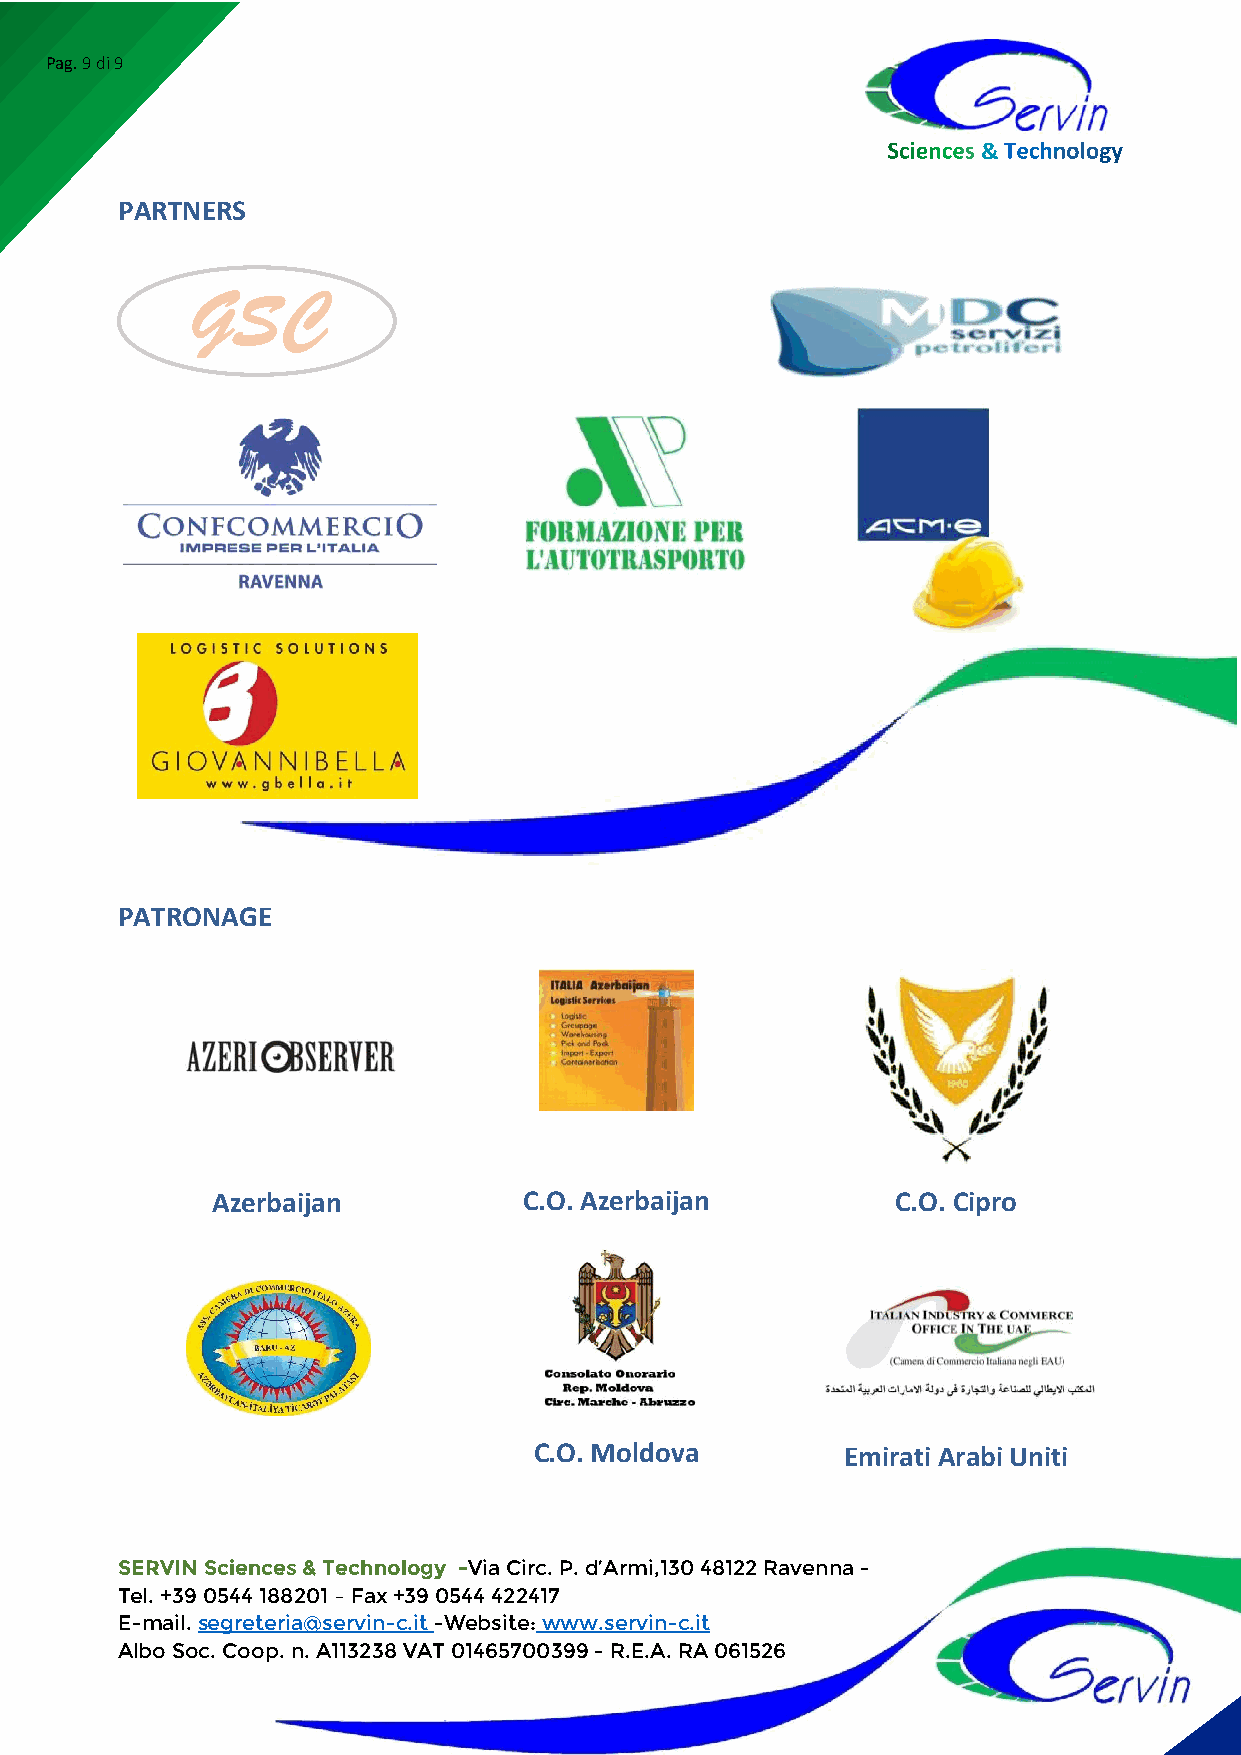
Pag. 9 di 9
 &
 PARTNERS
 GSC
 PATRONAGE
 Azerbaijan           C.O. Azerbaijan         C.O. Cipro
 C.O. Moldova         Emirati Arabi Uniti
 SERVIN Sciences & Technology -Via Circ. P. d’Armi,130 48122 Ravenna -
 Tel. +39 0544 188201 – Fax +39 0544 422417
 E-mail. segreteria@servin-c.it -Website: www.servin-c.it
 Albo Soc. Coop. n. A113238 VAT 01465700399 - R.E.A. RA 061526